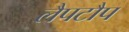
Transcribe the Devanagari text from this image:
लैपटौप